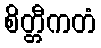
စိတ္တီကတံ